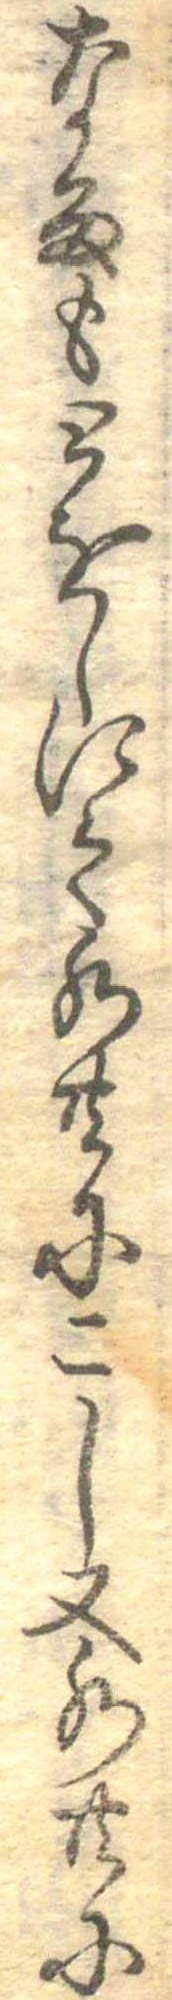
なる毛とをしにて水共にこし又水共に